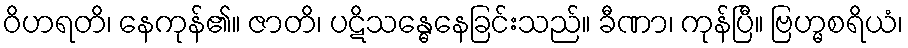
ဝိဟရတိ၊ နေကုန်၏။ ဇာတိ၊ ပဋိသန္ဓေနေခြင်းသည်။ ခီဏာ၊ ကုန်ပြီ။ ဗြဟ္မစရိယံ၊